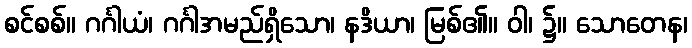
စင်စစ်။ ဂင်္ဂါယံ၊ ဂင်္ဂါအမည်ရှိသော၊ နဒိယာ၊ မြစ်၏။ ဝါ၊ ၌။ သောတေန၊